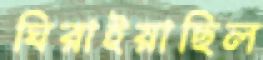
ঘিরাইয়াছিল